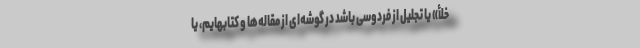
خلأ» یا تجلیل از فردوسی باشد در گوشه‌ای از مقاله‌ها و کتابهایم، یا